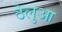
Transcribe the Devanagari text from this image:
ठेलुआ